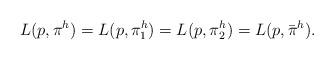
LaTeX: \begin{align*}L(p,\pi^h)=L(p,\pi_1^h)=L(p,\pi_2^h)=L(p,\bar{\pi}^h).\end{align*}